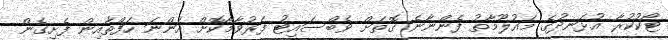
ޓޯކުކުރާ އުޅަނދުގެ މައުލޫމާތު ފެންނާނެ ގޮތަށް ވެބްސައިޓު ފަރުވާމާކޮށް އަންނަ ހަފްތާއިން ފެށިގެން